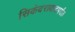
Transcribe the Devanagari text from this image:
सिकंदराबादपर्यंत